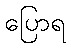
ပြောရ